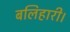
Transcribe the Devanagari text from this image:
बलिहारी।